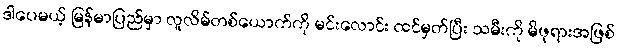
ဒါပေမယ့် မြန်မာပြည်မှာ လူလိမ်တစ်ယောက်ကို မင်းလောင်း ထင်မှတ်ပြီး သမီးကို မိဖုရားအဖြစ်